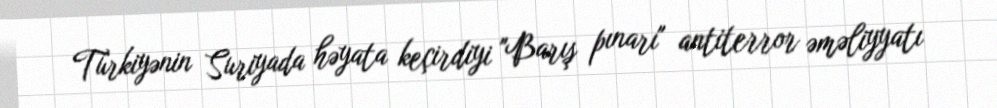
Türkiyənin Suriyada həyata keçirdiyi "Barış pınarı" antiterror əməliyyatı